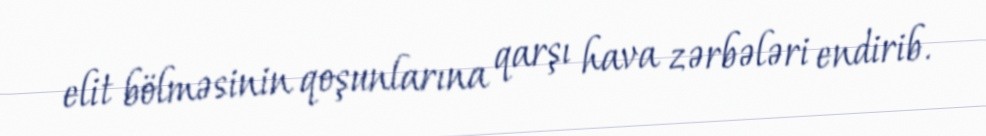
elit bölməsinin qoşunlarına qarşı hava zərbələri endirib.